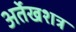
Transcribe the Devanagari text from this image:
अर्तेखशत्र